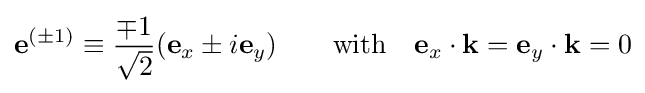
\mathbf {e} ^{(\pm 1)}\equiv {\frac {\mp 1}{\sqrt {2}}}(\mathbf {e} _{x}\pm i\mathbf {e} _{y})\qquad {\hbox{with}}\quad \mathbf {e} _{x}\cdot \mathbf {k} =\mathbf {e} _{y}\cdot \mathbf {k} =0